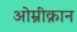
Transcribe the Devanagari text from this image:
ओम्रीक्रान